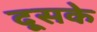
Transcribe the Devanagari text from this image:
दूसके